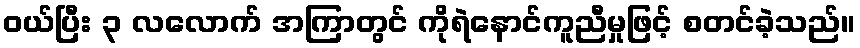
ဝယ်ပြီး ၃ လလောက် အကြာတွင် ကိုရဲနောင်ကူညီမှုဖြင့် စတင်ခဲ့သည်။